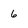
Character: 6